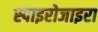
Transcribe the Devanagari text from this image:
स्पाइरोजाइरा